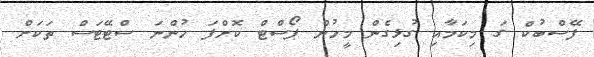
ފޭސްބުކް ގަ މިކަމާއި ގުޅިގެން މީހުން ޕޯސްޓް ކޮށްފަ ހުންނަ ސްޓޭޓަސް ތަކަށް